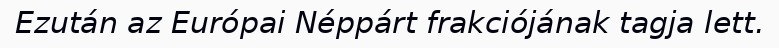
Ezután az Európai Néppárt frakciójának tagja lett.